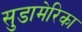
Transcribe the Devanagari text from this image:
सुडामेरिका